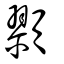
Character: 顟